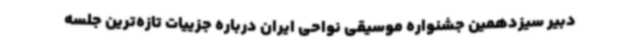
دبیر سیزدهمین جشنواره موسیقی نواحی ایران درباره جزییات تازه‌ترین جلسه